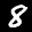
Label: 8